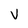
Character: V